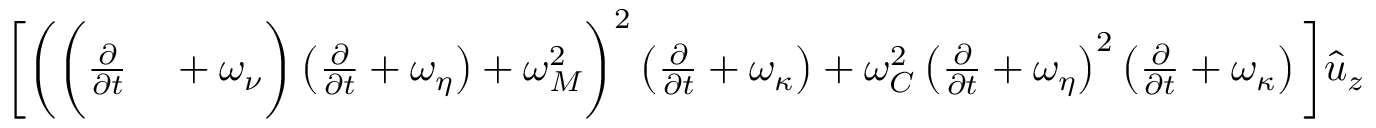
\begin{array} { r l } { \bigg [ \bigg ( \bigg ( \frac { \partial } { \partial { t } } } & { { } + \omega _ { \nu } \bigg ) \left( \frac { \partial } { \partial { t } } + \omega _ { \eta } \right) + \omega _ { M } ^ { 2 } \bigg ) ^ { 2 } \left( \frac { \partial } { \partial { t } } + \omega _ { \kappa } \right) + \omega _ { C } ^ { 2 } \left( \frac { \partial } { \partial { t } } + \omega _ { \eta } \right) ^ { 2 } \left( \frac { \partial } { \partial { t } } + \omega _ { \kappa } \right) \bigg ] \hat { u } _ { z } } \end{array}